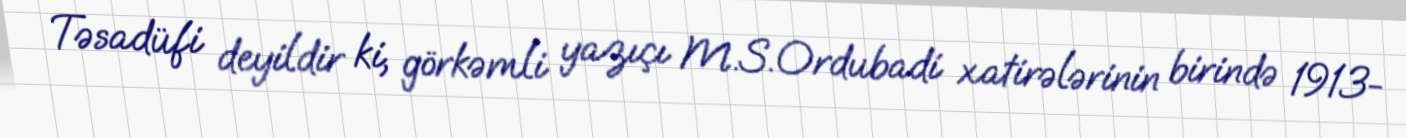
Təsadüfi deyildir ki, görkəmli yazıçı M.S.Ordubadi xatirələrinin birində 1913-